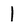
Character: l